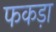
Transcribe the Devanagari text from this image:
फकड़ा